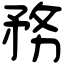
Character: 務